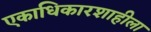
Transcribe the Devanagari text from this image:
एकाधिकारशाहीला